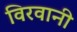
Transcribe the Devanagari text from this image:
विरवानी